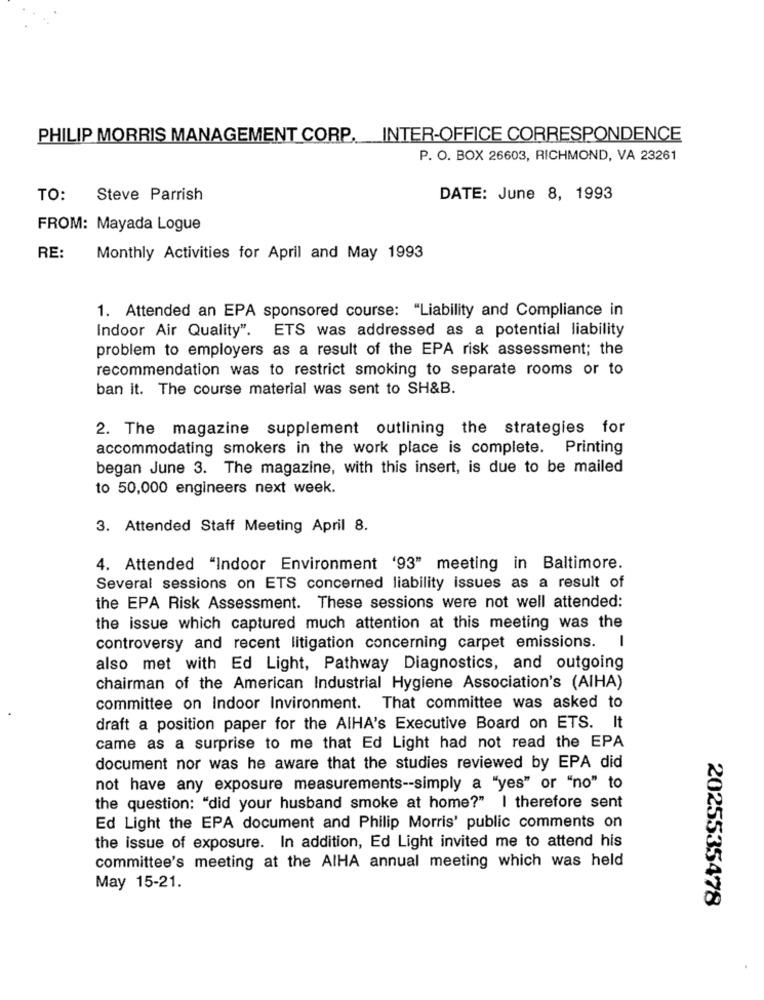
PHILIP MORRIS MANAGEMENT CORP. INTER-OFFICE CORRESPONDENCE
P. O. BOX 26603, RICHMOND, VA 23261
TO:
Steve Parrish
DATE: June 8, 1993
FROM: Mayada Logue
RE:
Monthly Activities for April and May 1993
1. Attended an EPA sponsored course: "Liability and Compliance in
Indoor Air Quality". ETS was addressed as a potential liability
problem to employers as a result of the EPA risk assessment; the
recommendation was to restrict smoking to separate rooms or to
ban it. The course material was sent to SH&B.
2. The magazine supplement outlining the strategies for
accommodating smokers in the work place is complete. Printing
began June 3. The magazine, with this insert, is due to be mailed
to 50,000 engineers next week.
3. Attended Staff Meeting April 8.
4. Attended "Indoor Environment '93" meeting in Baltimore.
Several sessions on ETS concerned liability issues as a result of
the EPA Risk Assessment. These sessions were not well attended:
the issue which captured much attention at this meeting was the
1
controversy and recent litigation concerning carpet emissions.
also met with Ed Light, Pathway Diagnostics, and outgoing
chairman of the American Industrial Hygiene Association's (AIHA)
committee on Indoor Invironment. That committee was asked to
draft a position paper for the AIHA's Executive Board on ETS. It
came as a surprise to me that Ed Light had not read the EPA
document nor was he aware that the studies reviewed by EPA did
not have any exposure measurements -- simply a "yes" or "no" to
the question: "did your husband smoke at home?" I therefore sent
Ed Light the EPA document and Philip Morris' public comments on
the issue of exposure. In addition, Ed Light invited me to attend his
committee's meeting at the AIHA annual meeting which was held
May 15-21.
2025535478